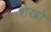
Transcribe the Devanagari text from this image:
शेखो